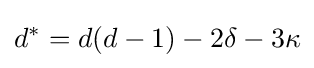
d^{*}=d(d-1)-2\delta -3\kappa